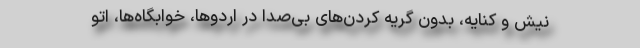
نیش و کنایه، بدون گریه کردن‌های بی‌صدا در اردوها، خوابگاه‌ها، اتو